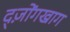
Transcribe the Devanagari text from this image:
द्ज़ोंगखाग